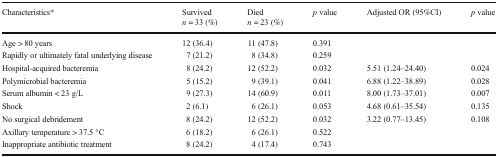
<table><thead><tr><td rowspan="2"><b>Characteristics*</b></td><td><b>Survived</b></td><td><b>Died</b></td><td rowspan="2"><b><i>p</i> value</b></td><td rowspan="2"><b>Adjusted OR (95%CI)</b></td><td rowspan="2"><b><i>p</i> value</b></td></tr><tr><td><b><i>n</i> = 33 (%)</b></td><td><b><i>n</i> = 23 (%)</b></td></tr></thead><tbody><tr><td>Age &gt; 80 years</td><td>12 (36.4)</td><td>11 (47.8)</td><td>0.391</td><td></td><td></td></tr><tr><td>Rapidly or ultimately fatal underlying disease</td><td>7 (21.2)</td><td>8 (34.8)</td><td>0.259</td><td></td><td></td></tr><tr><td>Hospital-acquired bacteremia</td><td>8 (24.2)</td><td>12 (52.2)</td><td>0.032</td><td>5.51 (1.24–24.40)</td><td>0.024</td></tr><tr><td>Polymicrobial bacteremia</td><td>5 (15.2)</td><td>9 (39.1)</td><td>0.041</td><td>6.88 (1.22–38.89)</td><td>0.028</td></tr><tr><td>Serum albumin &lt; 23 g/L</td><td>9 (27.3)</td><td>14 (60.9)</td><td>0.011</td><td>8.00 (1.73–37.01)</td><td>0.007</td></tr><tr><td>Shock</td><td>2 (6.1)</td><td>6 (26.1)</td><td>0.053</td><td>4.68 (0.61–35.54)</td><td>0.135</td></tr><tr><td>No surgical debridement</td><td>8 (24.2)</td><td>12 (52.2)</td><td>0.032</td><td>3.22 (0.77–13.45)</td><td>0.108</td></tr><tr><td>Axillary temperature &gt; 37.5 °C</td><td>6 (18.2)</td><td>6 (26.1)</td><td>0.522</td><td></td><td></td></tr><tr><td>Inappropriate antibiotic treatment</td><td>8 (24.2)</td><td>4 (17.4)</td><td>0.743</td><td></td><td></td></tr></tbody></table>